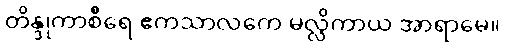
တိန္ဒုကာစီရေ ဧကသာလကေ မလ္လိကာယ အာရာမေ။